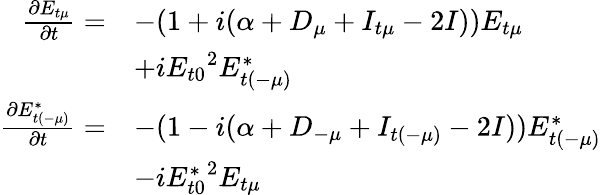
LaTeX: \begin{array}{rl}{\frac{\partial E_{t\mu}}{\partial t}=}&{-(1+i(\alpha+D_{\mu}+I_{t\mu}-2I))E_{t\mu}}\\ &{+i{E_{t0}}^{2}E_{t(-\mu)}^{*}}\\ {\frac{\partial E_{t(-\mu)}^{*}}{\partial t}=}&{-(1-i(\alpha+D_{-\mu}+I_{t(-\mu)}-2I))E_{t(-\mu)}^{*}}\\ &{-i{E_{t0}^{*}}^{2}E_{t\mu}}\end{array}